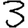
Digit: 3